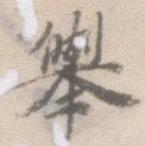
挙